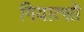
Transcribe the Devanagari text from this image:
गियात्सो